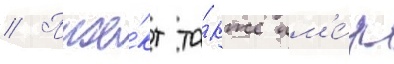
// Прое́кт та́кже им'е́л